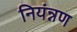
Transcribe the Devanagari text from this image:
नियंन्नण